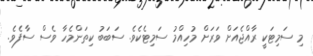
މި ސަމިޓަކީ ރާއްޖެއަށް ވަރަށް މުހިއްމު ސަމިޓެކެވެ. ސަބަބު ކިތަންމެހާ ވެސް ސާފެވެ.